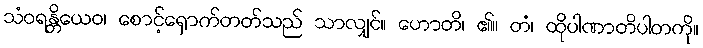
သံဝရန္တိယေဝ၊ စောင့်ရှောက်တတ်သည် သာလျှင်။ ဟောတိ၊ ၏။ တံ၊ ထိုပါဏာတိပါတကို။